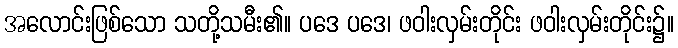
အလောင်းဖြစ်သော သတို့သမီး၏။ ပဒေ ပဒေ၊ ဖဝါးလှမ်းတိုင်း ဖဝါးလှမ်းတိုင်း၌။